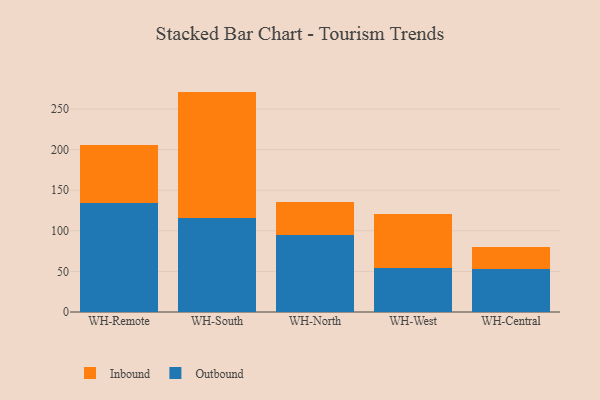
{"axis": {"x": "Warehouse", "y": "LTV (USD)"}, "legend": ["Inbound", "Outbound"], "data": [{"x": "WH-Remote", "y": 134.1, "type": "Outbound"}, {"x": "WH-Remote", "y": 72.0, "type": "Inbound"}, {"x": "WH-South", "y": 116.3, "type": "Outbound"}, {"x": "WH-South", "y": 155.2, "type": "Inbound"}, {"x": "WH-North", "y": 94.3, "type": "Outbound"}, {"x": "WH-North", "y": 41.1, "type": "Inbound"}, {"x": "WH-West", "y": 53.8, "type": "Outbound"}, {"x": "WH-West", "y": 66.4, "type": "Inbound"}, {"x": "WH-Central", "y": 52.5, "type": "Outbound"}, {"x": "WH-Central", "y": 28.1, "type": "Inbound"}]}